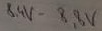
Text: 8,4V-8,8V